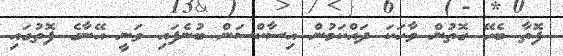
ފޮތާ ބެހޭ ގޮތުން ވާހަކަ ދައްކަމުން އިސާކްސަން ބުނެފައި ވަނީ އޭނާގެ ފޮތުގައި